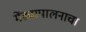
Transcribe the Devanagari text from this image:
मेंढ्यापालनाचा